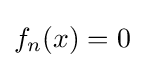
f_{n}(x)=0